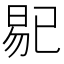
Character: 𱢅